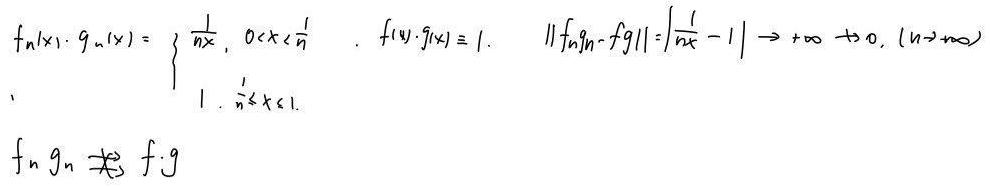
\[
f_n(x)\cdot g_n(x)=\begin{cases}
\frac{1}{nx},&0 < x < \frac{1}{n}\\
1,&\frac{1}{n}\leq x\leq 1
\end{cases}, \quad f(x)\cdot g(x)\equiv 1, \quad \|f_ng_n - fg\|=\left|\frac{1}{nx}-1\right|\to +\infty \nrightarrow 0, (n\to\infty)
\]
\[
f_ng_n \not\rightarrow f\cdot g
\]